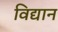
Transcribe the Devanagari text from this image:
विद्यान